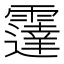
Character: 𲊋